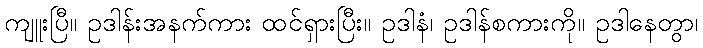
ကျူးပြီ။ ဥဒါန်းအနက်ကား ထင်ရှားပြီး။ ဥဒါနံ၊ ဥဒါန်စကားကို။ ဥဒါနေတွာ၊